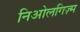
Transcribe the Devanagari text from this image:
निओलगिज़्म